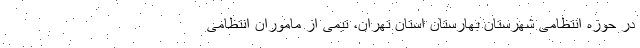
در حوزه انتظامی شهرستان بهارستان استان تهران، تیمی از ماموران انتظامی